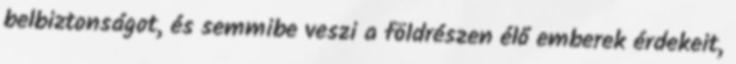
belbiztonságot, és semmibe veszi a földrészen élő emberek érdekeit,